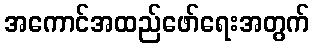
အကောင်အထည်ဖော်ရေးအတွက်